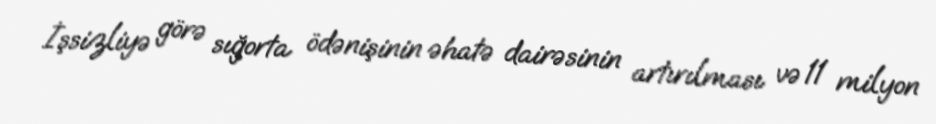
İşsizliyə görə sığorta ödənişinin əhatə dairəsinin artırılması və 11 milyon